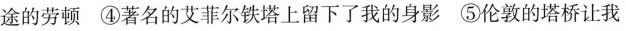
途的劳顿 ④著名的艾菲尔铁塔上留下了我的身影 ⑤伦敦的塔桥让我